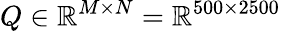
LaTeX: Q\in\mathbb{R}^{M\times N}=\mathbb{R}^{500\times 2500}